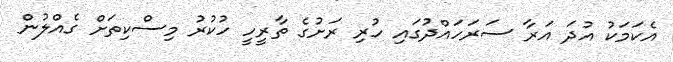
އެކަމަކު އުދަ އަރާ ސަރަހައްދުގައި ހުރި ރަށުގެ ތާރީހީ ހުކުރު މިސްކިތަށް ގެއްލުން